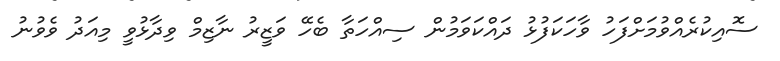
ސޮއިކުރެއްވުމަށްފަހު ވާހަކަފުޅު ދައްކަވަމުން ސިއްހަތާ ބެހޭ ވަޒީރު ނާޒިމް ވިދާޅުވީ މިއަދު ވެވުނު